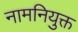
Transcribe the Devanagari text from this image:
नामनियुक्त